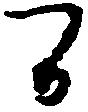
間